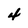
Character: 4